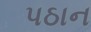
પઠાન